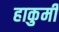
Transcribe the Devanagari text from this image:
हाकुमी